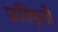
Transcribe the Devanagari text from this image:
प्रातिकृती